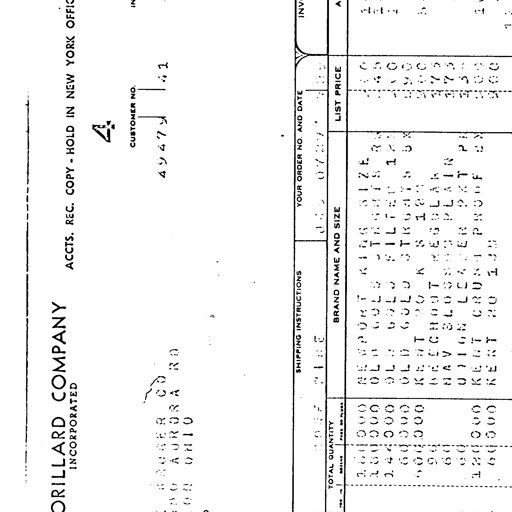
ORILLARD COMPANY
INCORPORATED
ACCTS. REC. COPY - HOLD IN NEW YORK OFFICE
CUSTOMER NO.
4947 41
KROGER CO
8000 AURORA RD
SOLON OHIO
SHIPPING INSTRUCTIONS
YOUR ORDER NO. AND DATE
INV.
3057 TIME
J45 0787
TOTAL QUANTITY
BRAND NAME AND SIZE
LIST PRICE
A
1,800,000 NEWPORT KING SIZE
180,000 OLD GOLD STRAIGHTS BX
1,440,000 OLD GOLD FILTER 100
60,000 OLD GOLD STRAIGHTS BX
600,000 KENT 20 K S 120
96 BEECHNUT REGULAR
60 NAVY BLOSSOM PLAIN
60 UNION LEADER PKT PB
120,000 KENT CRUSH PROOF BX
60,000 KENT 20 100